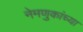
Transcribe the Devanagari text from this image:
नेमणुकांच्या